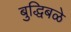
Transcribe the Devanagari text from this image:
बुद्धिबळे